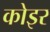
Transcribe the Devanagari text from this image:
कोइर